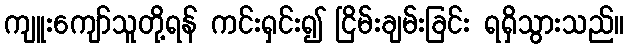
ကျူးကျော်သူတို့ရန် ကင်းရှင်း၍ ငြိမ်းချမ်းခြင်း ရရှိသွားသည်။